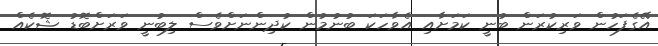
އޭގެފަހުން ވަރިކުރަން ބުނީ ކަމަށާއި އެވާހަކަ ބުނުމުން ކުދިންނަށްވެސް ލިބުނީ ވަރަށްބޮޑު ޝޮކެއް